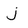
Character: j